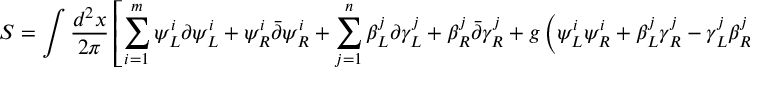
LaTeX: S = \int { \frac { d ^ { 2 } x } { 2 \pi } } \left[ \sum _ { i = 1 } ^ { m } \psi _ { L } ^ { i } \partial \psi _ { L } ^ { i } + \psi _ { R } ^ { i } \bar { \partial } \psi _ { R } ^ { i } + \sum _ { j = 1 } ^ { n } \beta _ { L } ^ { j } \partial \gamma _ { L } ^ { j } + \beta _ { R } ^ { j } \bar { \partial } \gamma _ { R } ^ { j } + g \left( \psi _ { L } ^ { i } \psi _ { R } ^ { i } + \beta _ { L } ^ { j } \gamma _ { R } ^ { j } - \gamma _ { L } ^ { j } \beta _ { R } ^ { j } \right) ^ { 2 } \right]